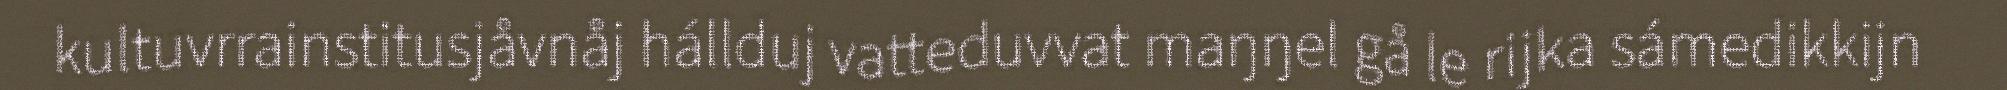
kultuvrrainstitusjåvnåj hállduj vatteduvvat maŋŋel gå le rijka sámedikkijn